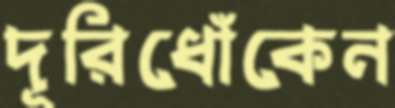
দূরিধোঁকেন